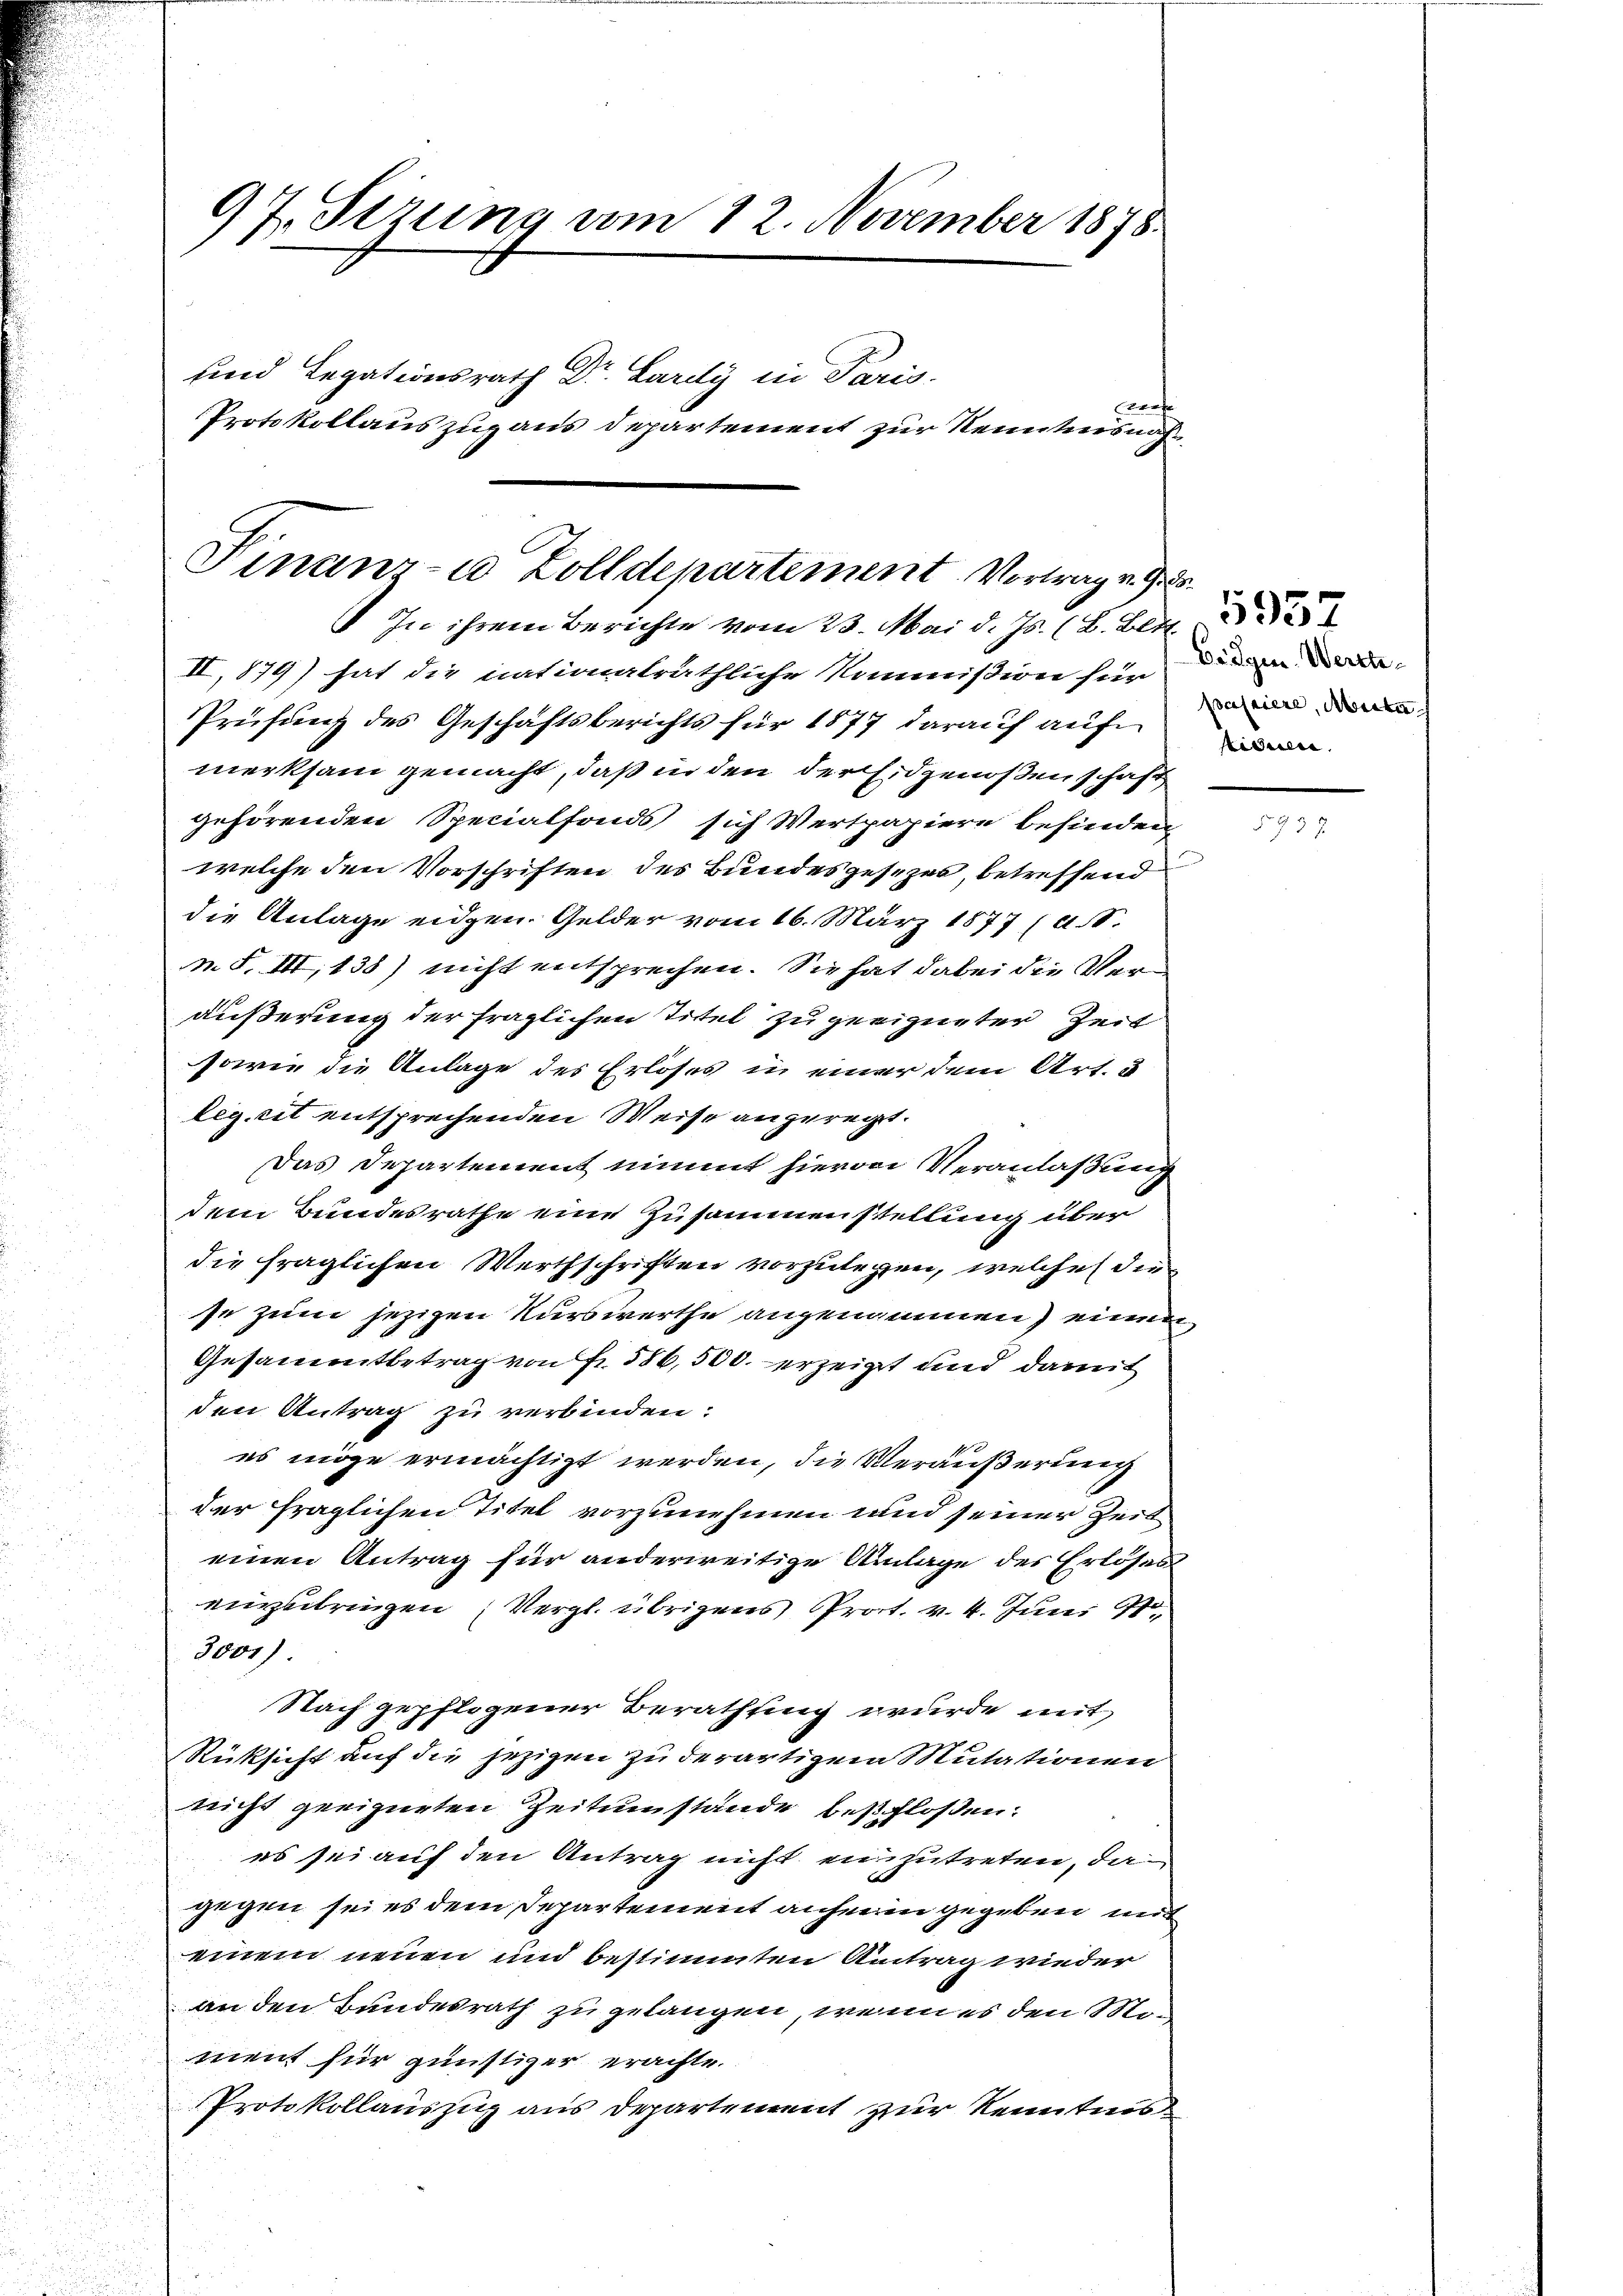
97. Sizung vom 12. November 1878.

und Legationsrath Dr. Lardy in Paris
Protokollauszuzaus Departement zur Kenntnisnah¬

Brafe

Finanz-u Zolldepartement. Vortrag v. J.
In ihrem Berichte vom 23. Mai d. Js. (B. Blut

II, 179) hat die nationalräthliche Kommißion sein, die in de
Prüfung des Geschäftsberichts für 1877 darauf auf
merksam gemacht, daß in den der Eidgenoßenschaft
gehörenden Specialfonds sich Wertpapiere befinden,
welche den Vorschriften des Bundesgesezes, betreffend
die Anlage eidgen. Gelder vom 16. März 1877 (A.S.
n. F. III, 138) nicht entsprechen. Sie hat dabei die Veräußerung der fraglichen Titel zu geeigneter Zeit
sowie die Anlage des Erloses in einer dem Art. 3
legerit entsprechenden Weise angeregt.
Das Departement nimmt hiervon Veranlaßung
dem Bundesrathe eine Zusammenstellung über
die fraglichen Werthschriften vorzulegen, welche die
se zum jezigen Kurswerthe angenommen) einem
Gesammtbetrag von Fr. 386,500. erzeigt und damit
den Antrag zu verbinden:
es möge ermächtigt werden, die Veräußerung
der fraglichen Titel vorzunehmen und seiner Zeit
einen Antrag für anderweitige Anlage des Erlöses
einzubringen (Vergl. übrigens Prot. v. 4. Juni 18
3001)
Nach gepflogener Berathung wurde mit
Rücksicht auf die jezigen zu derartigem Mutationen
nicht geeigneten Zeitumstände beschloßen:
es sei auf den Antrag nicht einzutreten, da
gegen sei es dem Departement anheren gegeben mit
einem neuen und bestimmten Antrag wieder
an den Bundesrath zu gelangen, wenn es den Moment für günstiger erachte.
Protokollauszug aus Departement zur Kenntnis

passiere, Mecka
tiduen,